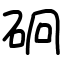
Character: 𥑎